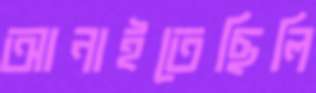
আনাইতেছিলি